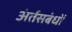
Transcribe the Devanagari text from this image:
अंर्तसबंधों